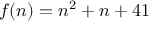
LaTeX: f ( n ) = n ^ { 2 } + n + 4 1